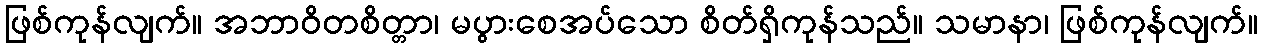
ဖြစ်ကုန်လျက်။ အဘာဝိတစိတ္တာ၊ မပွားစေအပ်သော စိတ်ရှိကုန်သည်။ သမာနာ၊ ဖြစ်ကုန်လျက်။